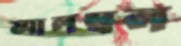
আলম্বন